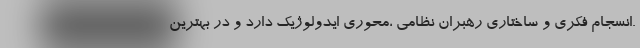
.انسجام فکری و ساختاری رهبران نظامی ،محوری ایدولوژیک دارد و در بهترین